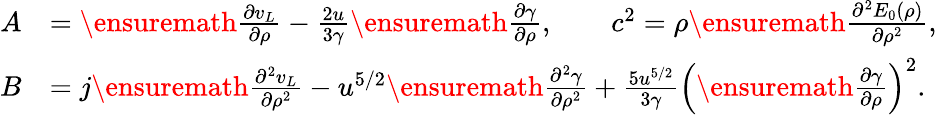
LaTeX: \begin{array}{rl}{A}&{=\ensuremath{\frac{\partial v_{L}}{\partial\rho}}-\frac{2u}{3\gamma}\ensuremath{\frac{\partial\gamma}{\partial\rho}},\qquad c^{2}=\rho\ensuremath{\frac{\partial^{2}E_{0}(\rho)}{\partial\rho^{2}}},}\\ {B}&{=j\ensuremath{\frac{\partial^{2}v_{L}}{\partial\rho^{2}}}-u^{5/2}\ensuremath{\frac{\partial^{2}\gamma}{\partial\rho^{2}}}+\frac{5u^{5/2}}{3\gamma}\left(\ensuremath{\frac{\partial\gamma}{\partial\rho}}\right)^{2}.}\end{array}